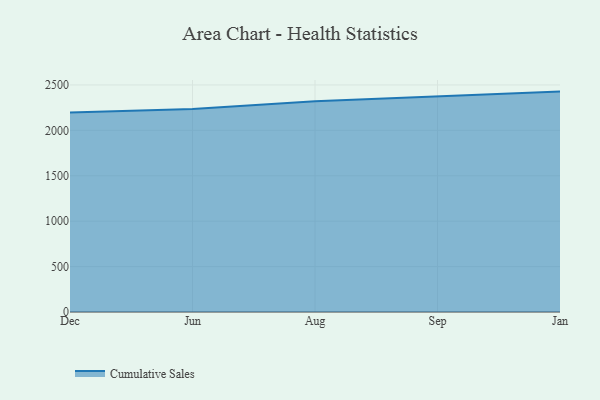
{"axis": {"x": "Month", "y": "Shipments"}, "legend": ["Cumulative Sales"], "data": [{"x": "Dec", "y": 2197.3, "type": "Cumulative Sales"}, {"x": "Jun", "y": 2235.2, "type": "Cumulative Sales"}, {"x": "Aug", "y": 2320.1, "type": "Cumulative Sales"}, {"x": "Sep", "y": 2371.4, "type": "Cumulative Sales"}, {"x": "Jan", "y": 2426.7, "type": "Cumulative Sales"}]}